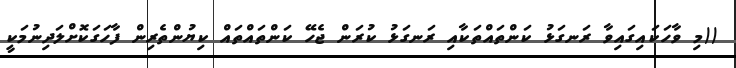
((މި ވާހަކައިގައިވާ ރަނގަޅު ކަންތައްތަކާއި ރަނގަޅު ކުރަން ޖެހޭ ކަންތައްތައް ކިޔުންތެރިން ފާހަގަކޮށްލަދިނުމަކީ